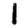
Digit: 1